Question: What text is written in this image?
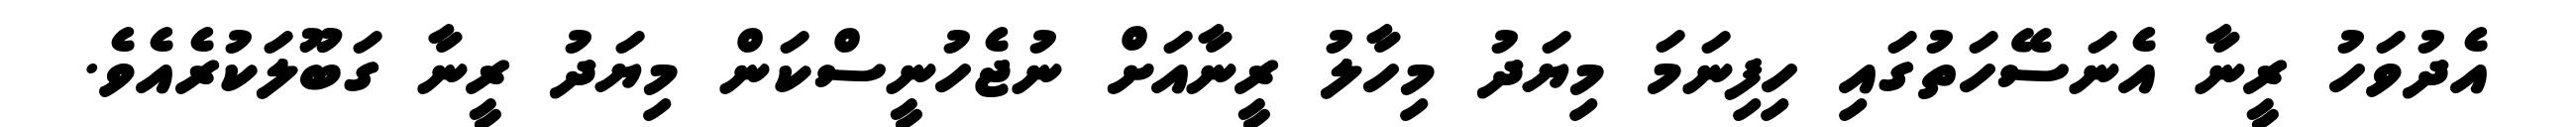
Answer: އެދުވަހު ރީނާ އެނަސޭހަތުގައި ހިފިނަމަ މިޔަދު މިހާލު ރީނާއަށް ނުޖެހުނީސްކަން މިޔަދު ރީނާ ގަބޫލަކުރެއެވެ.